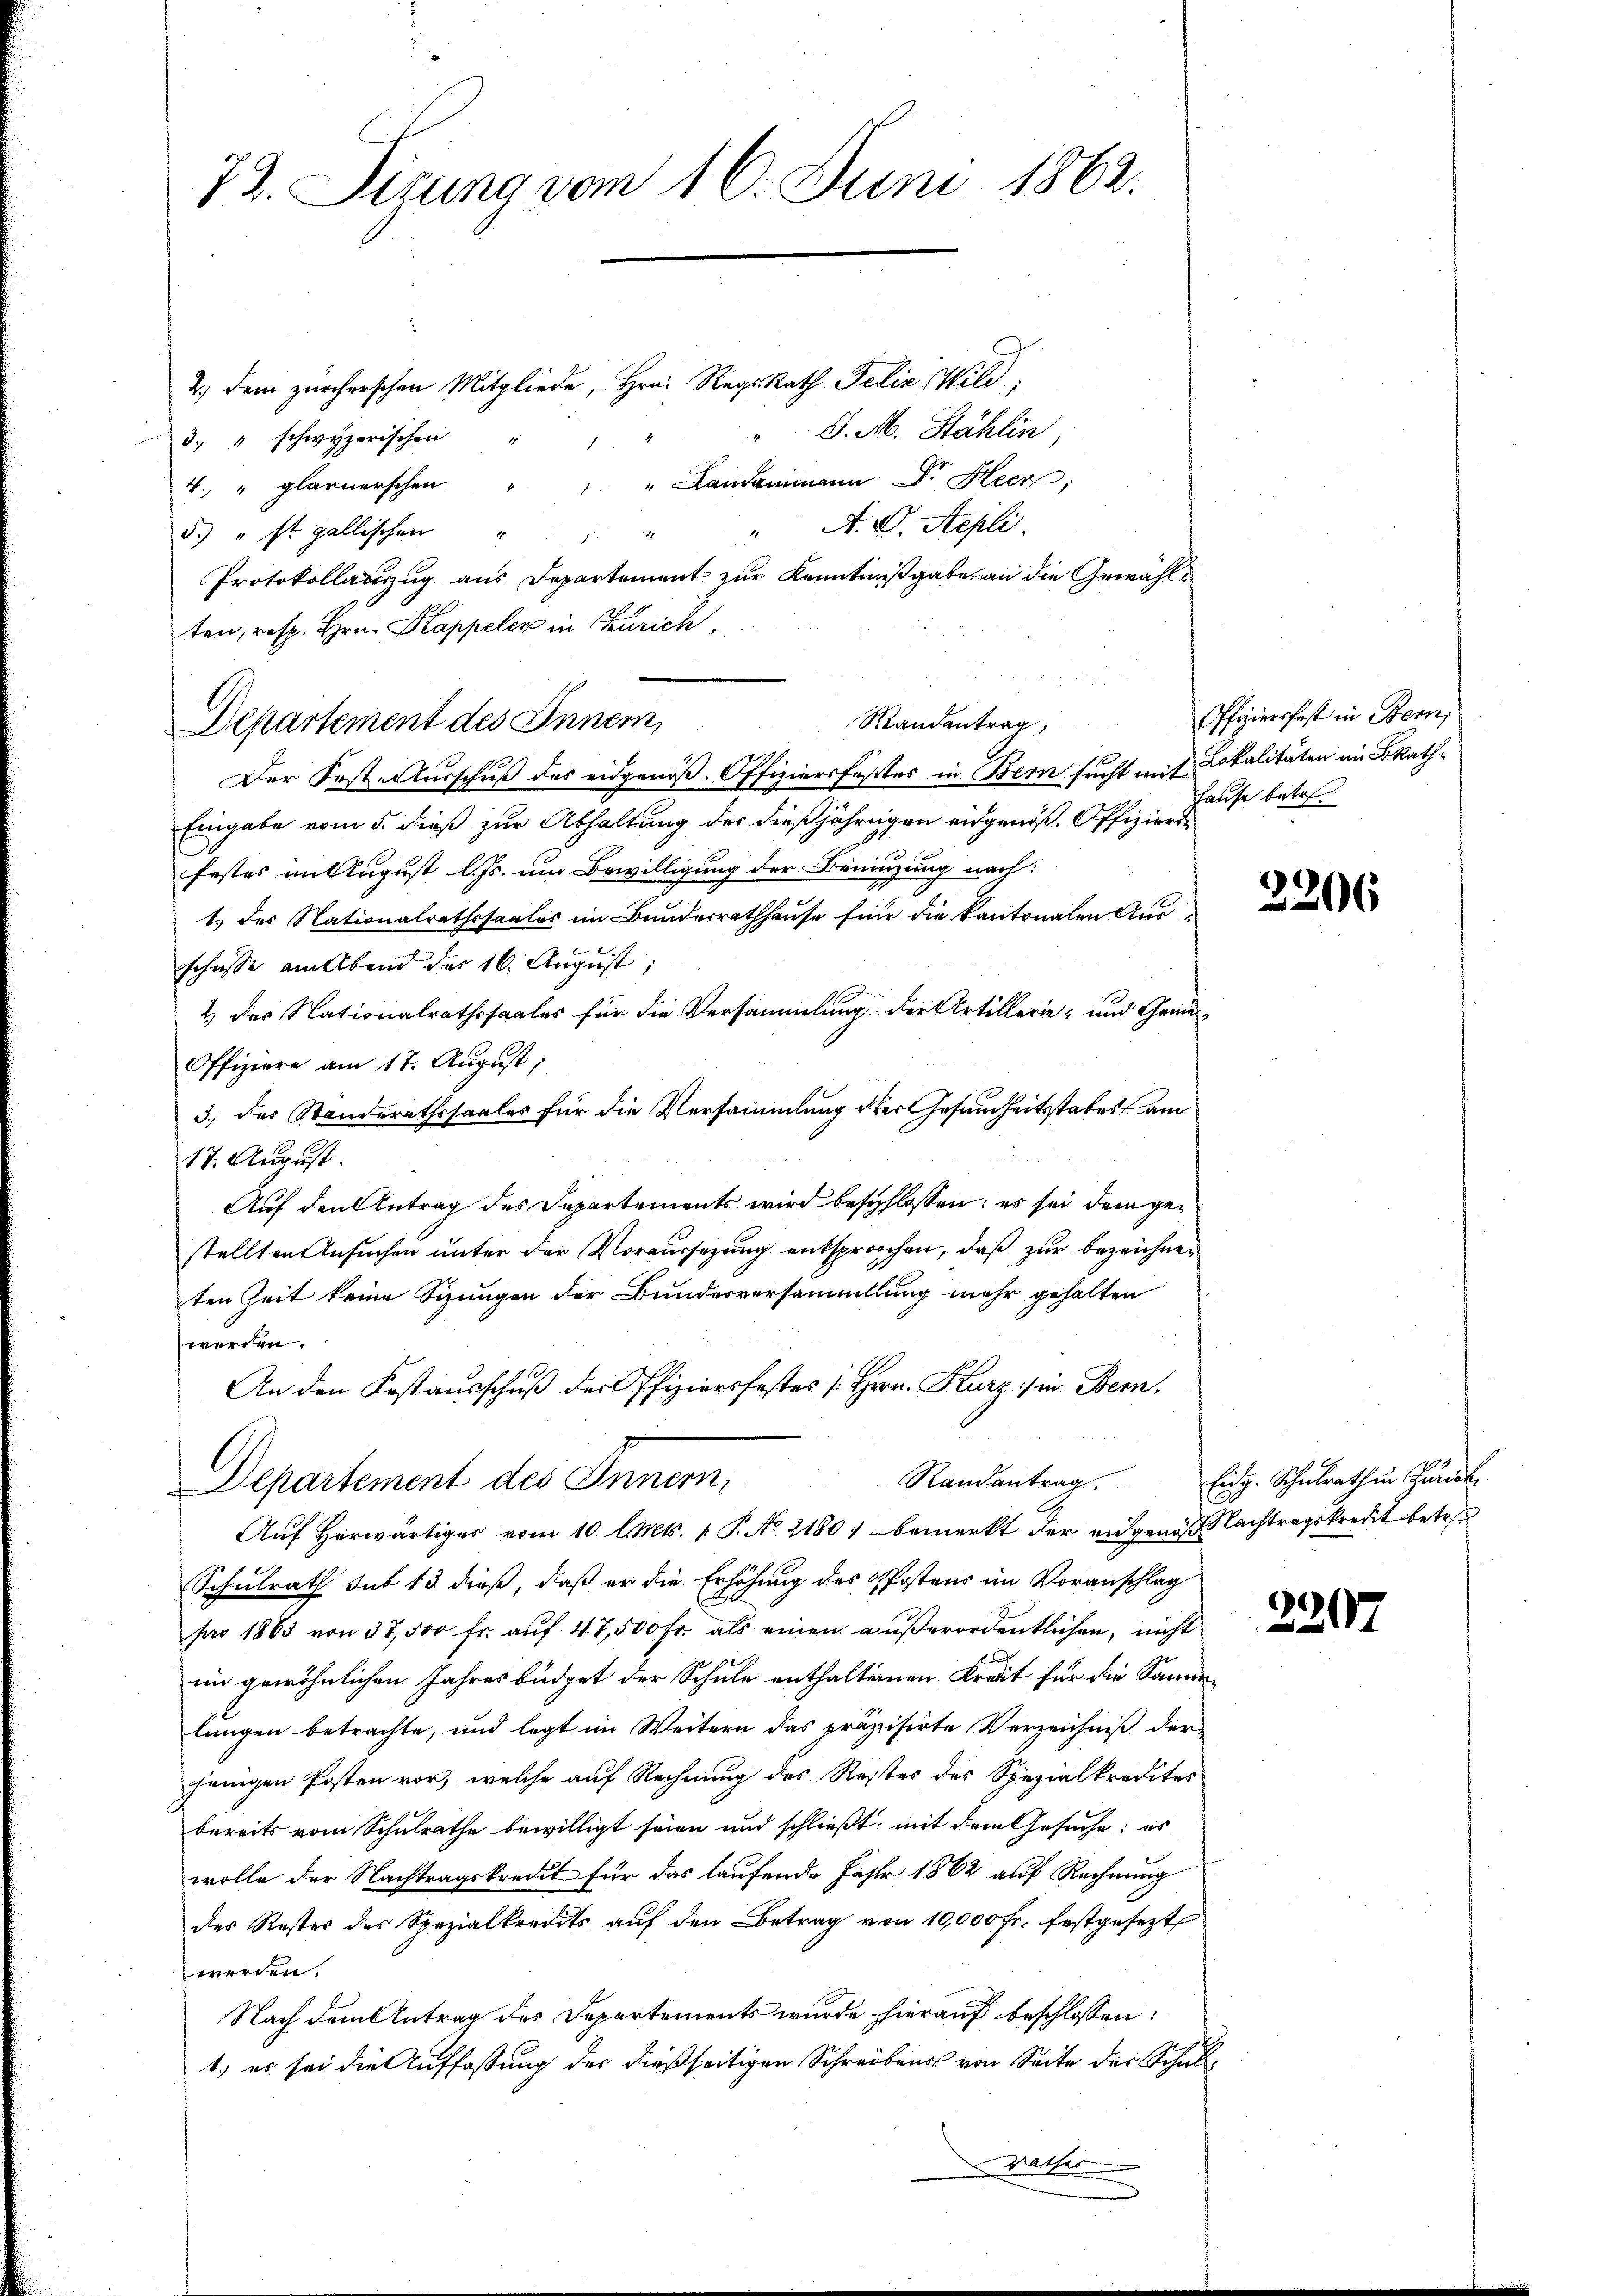
73. Sizung vom 16. Juni 1862.

2.) Dem zürcherschen Mitgliede, Hrn. Reg. Rath Felix Wild
S. M. Stählin,
3. " schwyzerischen
2
4. " Glarnerschen " " " Landammann Dr. Heer;
5.) " st. gallischen " " " " A. G. Sepli
Protokollauszug aus Departement zur Kenntnißgabe an die Gewählten, resp. Hrn. Kappeler in Zürich.
Standentrag,
Der Fest-Ausschuß des eidgenöß. Offiziersfestes in Bern sucht mit Lokalitäten im B. Rath¬
Eingabe vom 5. dieß zur Abhaltung der dießjährigen eidgenöß. Offiziersfestes im August l. Js. um Bewilligung der Benuzung nach:
1.) des Nationalrathssaales im Bunderrathhause für die kantonalen Ausschüsse am Abend des 16. August,
2 der Nationalrathssaales für die Versammlung der Artillerie- und Gemei¬
Offiziere am 17. August,
3., der Standerathssaales für die Versammlung der Gesundheitsstabes am
17. August.
Auf den Antrag des Departements wird beschlossen: es sei dem gestellten Ansuchen unter der Voraussezung entsprochen, daß zur bezeichneten Zeit keine Sitzungen der Bundesversammlung mehr gehalten
werden.
An den Festausschuß der Pfiziersfestes [Hrn. Kurz:/ in Bern,
Randantrag.
Departement des Innern,
Auf herwärtiger vom 10. l. Mts. v. P. No. 2180, bemerkt der engenoß Nachtragskredit betreu
Schulrath sub 13 dieß, daß er die Erhöhung des Postens im Voranschlag
pro 1863 von 37, 500 fr. aŭf 47,500 Fr. als einen aŭβerordentlichen, nicht
im gewöhnlichen Jahresbüdget der Schule enthalternen Kreut für die Samm-
lungen betrachte, und legt im Weitern das präzisirte Verzeichniß der
jenigen Posten vor, welche auf Rechnung des Rester des Spezialkredites
bereits vom Schulrathe bewilligt seien und schließt, mit dem Gesuche: es
wolle der Nachtragskredit für das laufende Jahr 1862 auf Rechnung
des Rester des Spezialkredits aŭf den Betrag von 10,000 fr. festgesetzt
werden.
Nach dem Antrag des Departements wurde hierauf beschlossen:
1.) es sei die Auffassung der dießseitigen Schreibens von Seite der Schul¬
Mater

Departement des Innern,

Offiziersfest in Bern,
Hause betr.

3206

Eidg. Schulrath in Zunck

2207